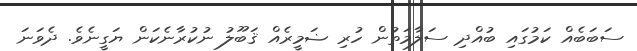
ސަބަބެއް ކަމުގައި ބުއްދި ސަލާމަތުން ހުރި ޟަމީރެއް ޤަބޫލު ނުކުރާނެކަން ޔަގީނެވެ. ދެވަނަ